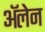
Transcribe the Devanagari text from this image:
ॲलेन